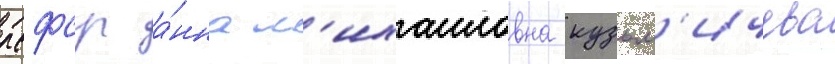
рсфср а́нна м'ихаиловна кузьм'ичева